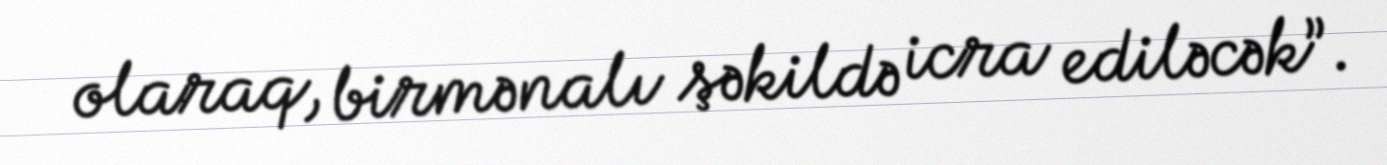
olaraq, birmənalı şəkildə icra ediləcək”.